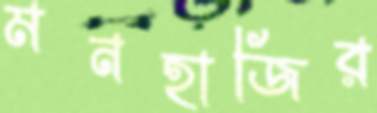
মনহাজির